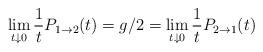
LaTeX: \begin{align*}\lim_{t\downarrow 0}\frac1t P_{1\to 2}(t)=g/2=\lim_{t\downarrow 0}\frac1t P_{2\to 1}(t)\end{align*}